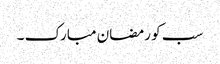
سب کو رمضان مبارک ۔